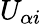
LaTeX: U_{\alpha i}